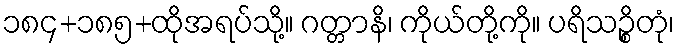
၁၈၄+၁၈၅+ထိုအရပ်သို့။ ဂတ္တာနိ၊ ကိုယ်တို့ကို။ ပရိသဉ္စိတုံ၊